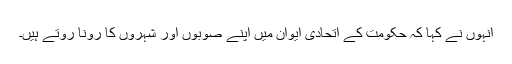
انہوں نے کہا کہ حکومت کے اتحادی ایوان میں اپنے صوبوں اور شہروں کا رونا روتے ہیں۔